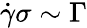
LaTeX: \dot{\gamma}\sigma\sim\Gamma